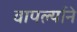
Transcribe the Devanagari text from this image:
वापर्ल्याने